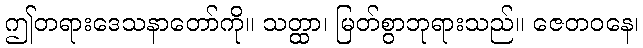
ဤတရားဒေသနာတော်ကို။ သတ္ထာ၊ မြတ်စွာဘုရားသည်။ ဇေတဝနေ၊